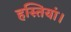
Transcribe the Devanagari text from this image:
हस्तियां।